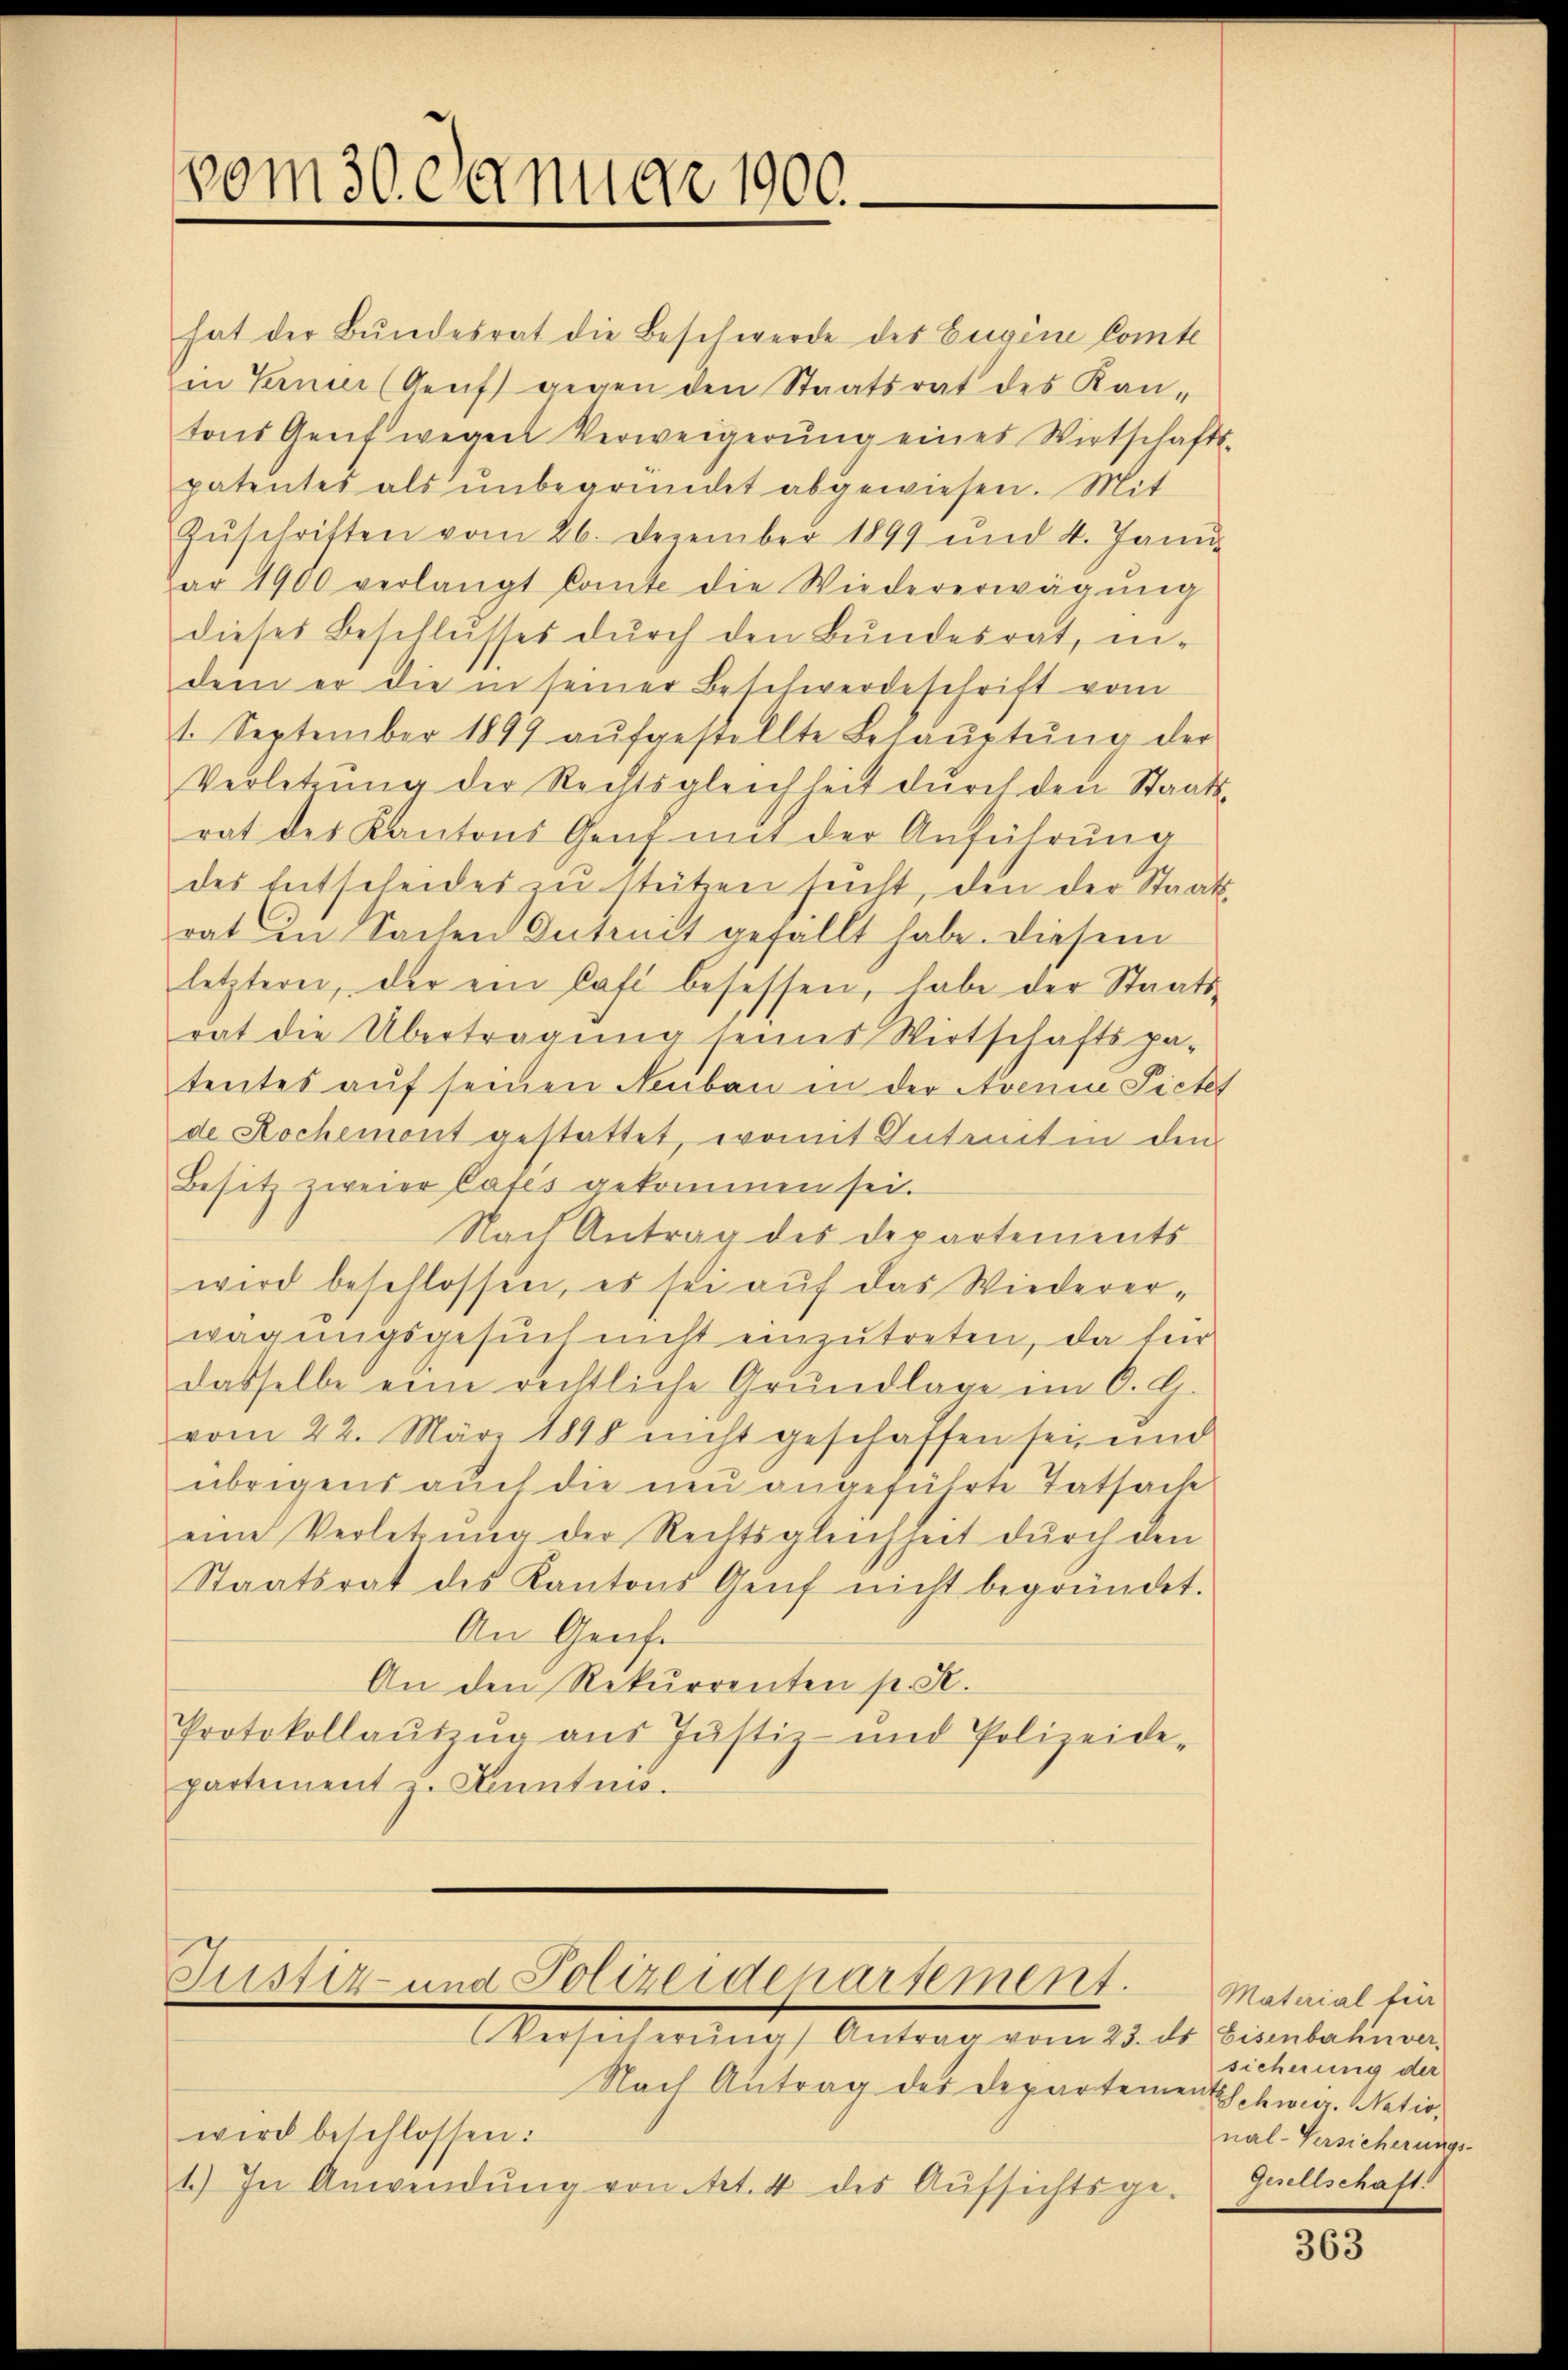
vom 30. c. dnuar 1900.

hat der Bundesrat die Beschwerde des Eigene Comte
Ein Terner (Genf gegen den Staatsrat des Kantons Genf wegen Verweigerŭng eines Wirtschafts-
patentes als ŭnbegründet abgewiesen. Mit
Zŭschriften vom 26. Dezember 1899 und 4. Janŭ
par 1900 verlangt konte die Wiedererwägŭng
dieses Beschlusses dŭrch den Bundesrat, in-
dem er die in seiner Beschwerdeschrift vom
1. September 1899 aŭfgestellte Behaŭptŭng der
Verletzŭng der Rechtsgleichheit dŭrch den Staats-
rat des Kantons Genf mit der Anführung
des Entscheides zu stützen sucht, den der Staatsrat in Sachen Intrict gefällt habe. Diesem
letztere, der ein laft besessen, habe der Staatsrat die Übertragung seines Wirtschaftspatentes auf seinen Neubau in der Avenia Pictes
de Rochement gestattet, womit Intentin den
Besitz zweier Cates gekommen sei.
Nach Antrag des Departements
wird beschlossen, es sei aŭf das Wiederer-
wagungsgesŭch nicht einzŭtreten, da für
dasselbe eine rechtliche Grundlage im O. G.
vom 22. März 1898 nicht geschaffen sei, und
übrigens auch die neu angeführte Tatsach
eine Verletzung der Rechtsgleichheit durch den
Staatsrat des Kantons Genf nicht begründet.
An Genfe
An den Rekurrenten pr. K.
Protokollauszug aus Justiz- und Polizeide-
partement u. Kanntnis¬

Justiz- und Polizeidepartement.

Ansich allen Antrag vom 15. der Sambachen
Nach Antrag des Departementschwir. Natiowird beschlossen:
1.) In Anwendŭng von Art. 4 des Aŭfsichtsge-

Material für
sicherung der
nal-Versicherungs-
Gesellschaft.

363